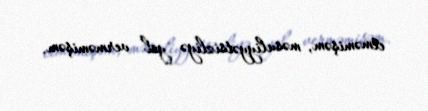
etməmişəm, məsuliyyətsizliyə yol verməmişəm.